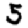
Digit: 5